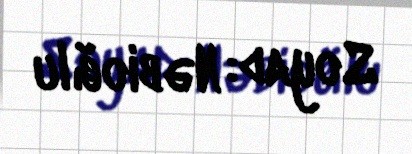
Soyad: Nəbioğlu